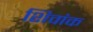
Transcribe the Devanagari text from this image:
शिवांक